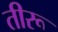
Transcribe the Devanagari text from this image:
तीरू